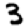
Digit: 3